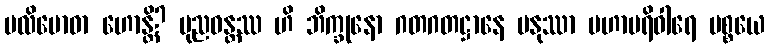
ပလိဗောဓာ ဟောန္တိ? ပုညဝန္တဿ ဟိ ဘိက္ခုနော ဂတဂတဋ္ဌာနေ မနုဿာ မဟာပရိဝါရေ ပစ္စယေ